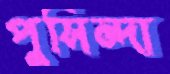
পুসিন্দা